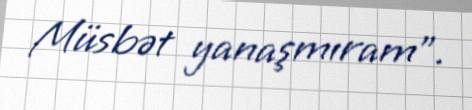
Müsbət yanaşmıram”.